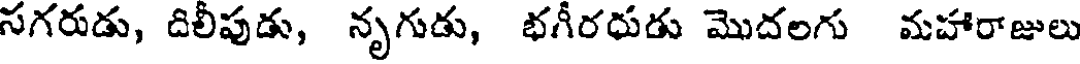
సగరుడు, దిలీపుడు, నృగుడు, భగీరధుడు మొదలగు మహారాజులు